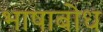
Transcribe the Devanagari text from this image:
भाषाबोध